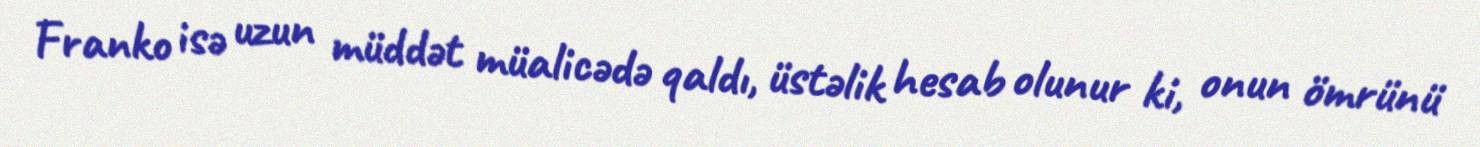
Franko isə uzun müddət müalicədə qaldı, üstəlik hesab olunur ki, onun ömrünü